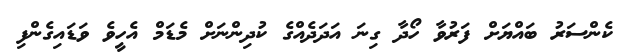
ކެންސަރު ބައްޔަށް ފަރުވާ ހޯދާ ގިނަ އަދަދެއްގެ ކުދިންނަށް މެޑަމް އެހީވެ ވަޑައިގެންފި